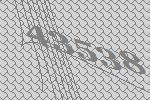
43538